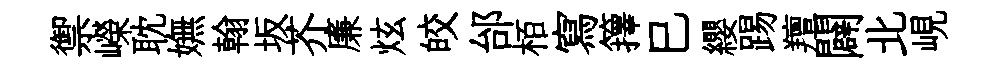
禦嶸耽嫵翰坂芥廉炫皎邰栢寫籜巳纓踢羶闢北峴